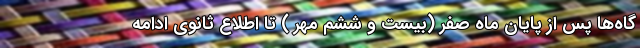
گاه‌ها پس از پایان ماه صفر (بیست و ششم مهر ) تا اطلاع ثانوی ادامه